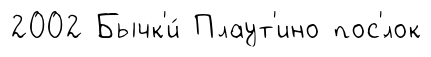
2002 Бычк'и́ Плаут'ино пос'́лок